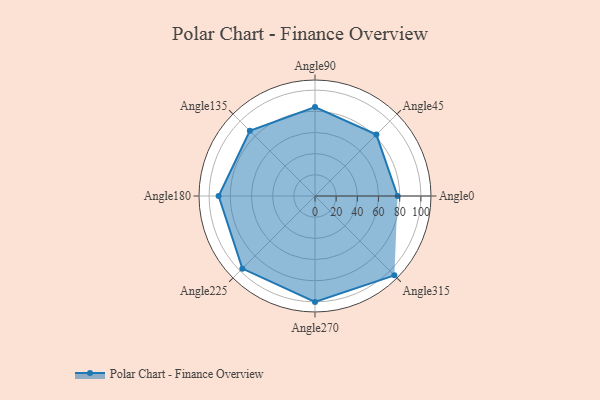
{"axis": {"x": "Angle", "y": "Radius"}, "legend": [""], "data": [{"x": "Angle0", "y": 78.0, "type": ""}, {"x": "Angle45", "y": 82.0, "type": ""}, {"x": "Angle90", "y": 84.0, "type": ""}, {"x": "Angle135", "y": 87.0, "type": ""}, {"x": "Angle180", "y": 91.0, "type": ""}, {"x": "Angle225", "y": 97.0, "type": ""}, {"x": "Angle270", "y": 100.0, "type": ""}, {"x": "Angle315", "y": 106.0, "type": ""}]}